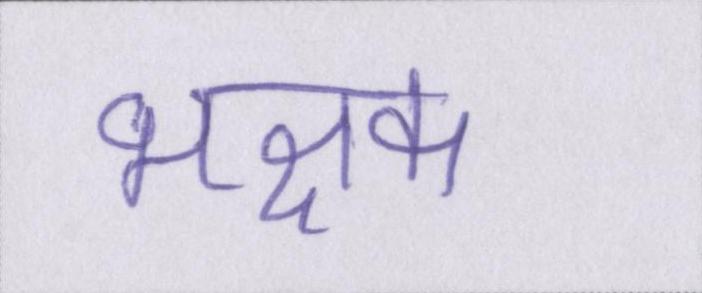
भक्षक